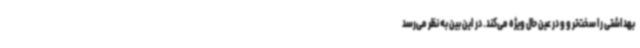
بهداشتی را سخت‌تر و و در عین حال ویژه می‌کند. در این بین به نظر می‌رسد